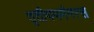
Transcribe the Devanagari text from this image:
तृतीययमंगरस